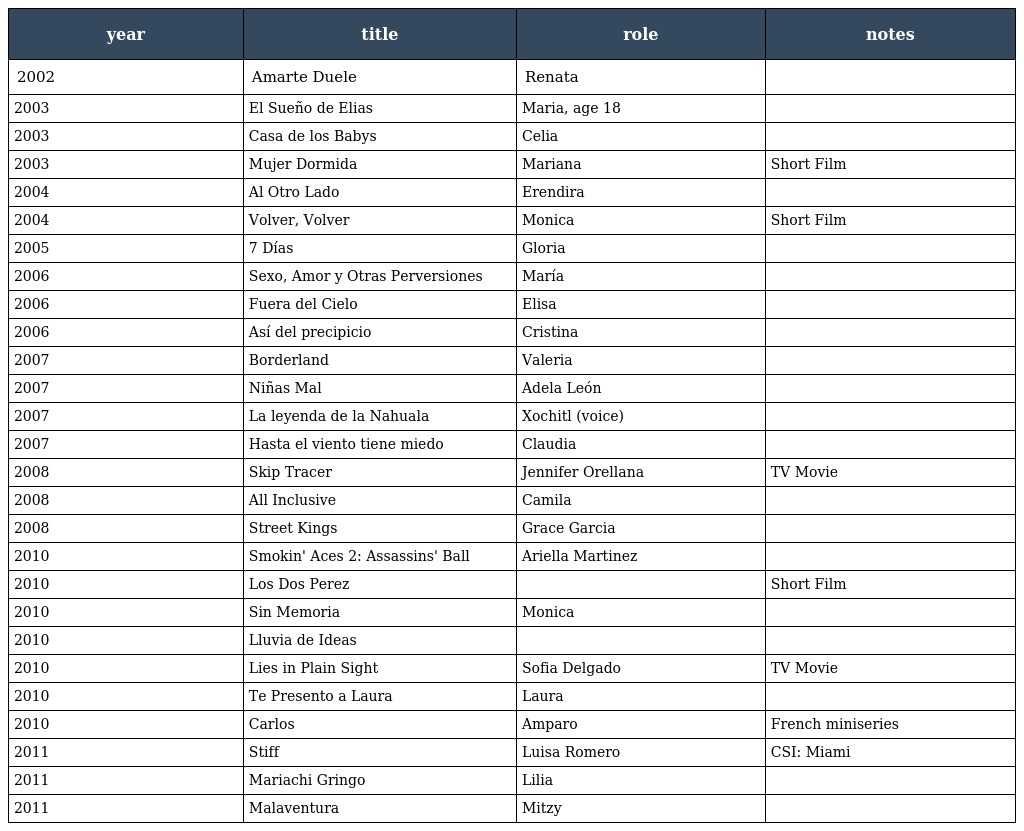
| year | title | role | notes |
 | --- | --- | --- | --- |
 | 2002 | Amarte Duele | Renata |  |
 | 2003 | El Sueño de Elias | Maria, age 18 |  |
 | 2003 | Casa de los Babys | Celia |  |
 | 2003 | Mujer Dormida | Mariana | Short Film |
 | 2004 | Al Otro Lado | Erendira |  |
 | 2004 | Volver, Volver | Monica | Short Film |
 | 2005 | 7 Días | Gloria |  |
 | 2006 | Sexo, Amor y Otras Perversiones | María |  |
 | 2006 | Fuera del Cielo | Elisa |  |
 | 2006 | Así del precipicio | Cristina |  |
 | 2007 | Borderland | Valeria |  |
 | 2007 | Niñas Mal | Adela León |  |
 | 2007 | La leyenda de la Nahuala | Xochitl (voice) |  |
 | 2007 | Hasta el viento tiene miedo | Claudia |  |
 | 2008 | Skip Tracer | Jennifer Orellana | TV Movie |
 | 2008 | All Inclusive | Camila |  |
 | 2008 | Street Kings | Grace Garcia |  |
 | 2010 | Smokin' Aces 2: Assassins' Ball | Ariella Martinez |  |
 | 2010 | Los Dos Perez |  | Short Film |
 | 2010 | Sin Memoria | Monica |  |
 | 2010 | Lluvia de Ideas |  |  |
 | 2010 | Lies in Plain Sight | Sofia Delgado | TV Movie |
 | 2010 | Te Presento a Laura | Laura |  |
 | 2010 | Carlos | Amparo | French miniseries |
 | 2011 | Stiff | Luisa Romero | CSI: Miami |
 | 2011 | Mariachi Gringo | Lilia |  |
 | 2011 | Malaventura | Mitzy |  |